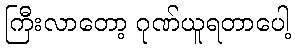
ကြီးလာတော့ ဂုဏ်ယူရတာပေါ့